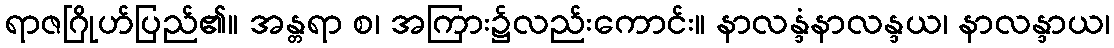
ရာဇဂြိုဟ်ပြည်၏။ အန္တရာ စ၊ အကြား၌လည်းကောင်း။ နာလန္ဒံနာလန္ဒယ၊ နာလန္ဒာယ၊